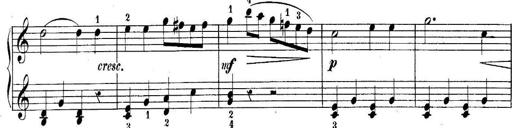
Title: 10 Sonatines progressives
Composer: Anton Schmoll